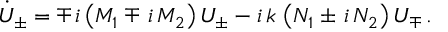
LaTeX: \dot { U } _ { \pm } = \mp \, i \left( M _ { 1 } \mp \, i \, M _ { 2 } \right) U _ { \pm } - i \, k \, \left( N _ { 1 } \pm \, i \, N _ { 2 } \right) U _ { \mp } \, .